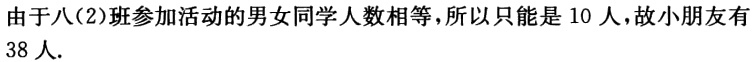
由于八(2)班参加活动的男女同学人数相等，所以只能是 10 人，故小朋友有